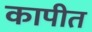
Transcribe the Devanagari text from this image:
कापीत